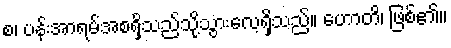
စ၊ ပန်းအာရမ်အစရှိသည်သို့သွားလေ့ရှိသည်။ ဟောတိ၊ ဖြစ်၏။